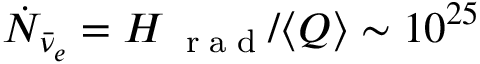
\dot { N } _ { \bar { \nu } _ { e } } = H _ { \mathrm { ~ \tiny ~ r ~ a ~ d ~ } } / \langle Q \rangle \sim 1 0 ^ { 2 5 }